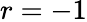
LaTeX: r=-1